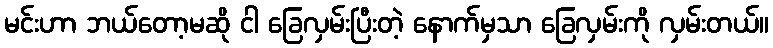
မင်းဟာ ဘယ်တော့မဆို ငါ ခြေလှမ်းပြီးတဲ့ နောက်မှသာ ခြေလှမ်းကို လှမ်းတယ်။